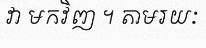
វា មកវិញ ។ តាមរយៈ